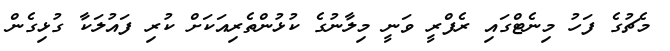
މެޗުގެ ފަހު މިނެޓްގައި ރެފްރީ ވަނީ މިލާނުގެ ކުޅުންތެރިއަކަށް ކުރި ފައުލަކާ ގުޅިގެން